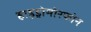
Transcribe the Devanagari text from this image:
हाइड्रोमोरफोन